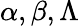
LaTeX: \alpha,\beta,\Lambda